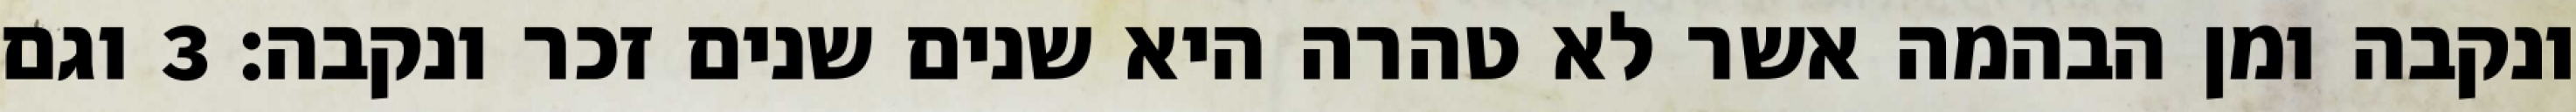
ונקבה ומן הבהמה אשר לא טהרה היא שנים שנים זכר ונקבה׃ ‎3‏ וגם